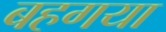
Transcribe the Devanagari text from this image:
बहगया